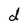
Character: d